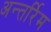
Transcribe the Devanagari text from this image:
अन्तर्रिम